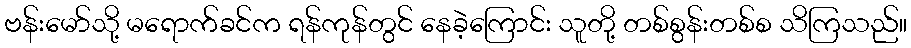
ဗန်းမော်သို့ မရောက်ခင်က ရန်ကုန်တွင် နေခဲ့ကြောင်း သူတို့ တစ်စွန်းတစ်စ သိကြသည်။